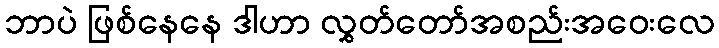
ဘာပဲ ဖြစ်နေနေ ဒါဟာ လွှတ်တော်အစည်းအဝေးလေ